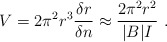
\begin{align*}V = 2\pi^2 r^3 \frac{\delta r}{\delta n} \approx \frac{2\pi^2 r^2}{|B|I}\ .\end{align*}